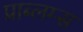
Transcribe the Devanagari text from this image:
प्राब्लम्स